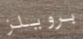
برويلز